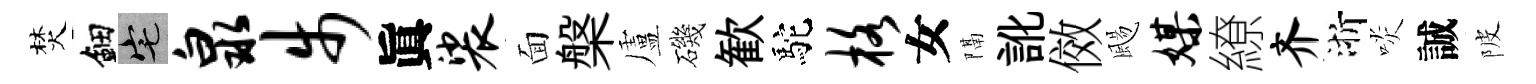
焚鈿宅泉步眞裟面槃盧磯歓駝格女隔訛傚颺媒繚齐浙啖誠陂